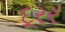
દૂરર